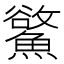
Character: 𩻇